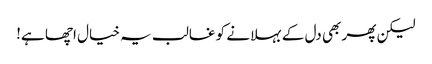
لیکن پھر بھی دل کے بہلانے کو غالب یہ خیال اچھا ہے!